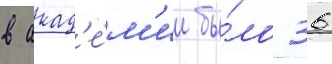
в акад'е́м'ии бы́ло 36